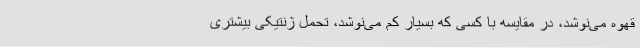
قهوه می‌نوشد، در مقایسه با کسی که بسیار کم می‌نوشد، تحمل ژنتیکی بیشتری